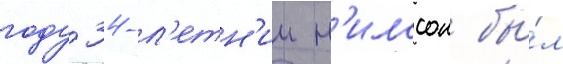
году 34-л'етн'ии н'илссон бы́л